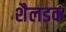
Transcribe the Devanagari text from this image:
शैलडक